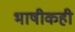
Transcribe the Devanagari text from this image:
भाषीकही